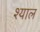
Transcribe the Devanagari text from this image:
श्याल